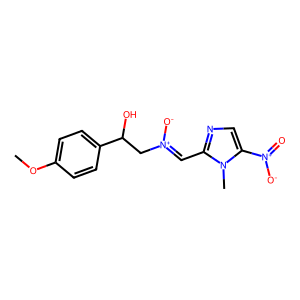
SMILES: COc1ccc(C(O)C[N+]([O-])=Cc2ncc([N+](=O)[O-])n2C)cc1
Inhibits HIV replication: No